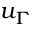
u _ { \Gamma }